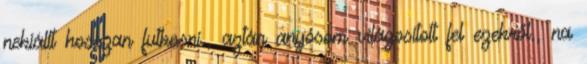
nekiállt hosszan futkosni., aztán anyósom világosított fel ezekről., na